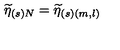
\widetilde { \eta } _ { ( s ) N } = \widetilde { \eta } _ { ( s ) ( m , l ) }